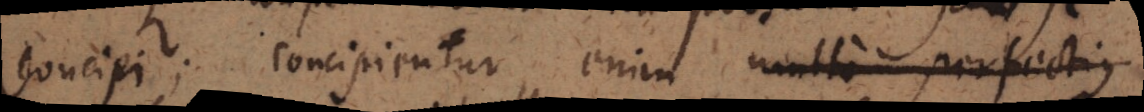
concipi; concipientur enim multo perfectius